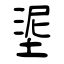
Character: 埿